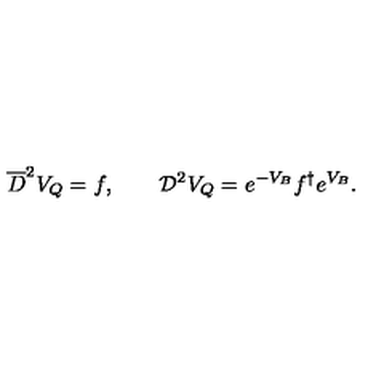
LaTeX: \overline { D } ^ { 2 } V _ { Q } = f , \qquad { \cal D } ^ { 2 } V _ { Q } = e ^ { - V _ { B } } f ^ { \dagger } e ^ { V _ { B } } .